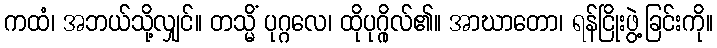
ကထံ၊ အဘယ်သို့လျှင်။ တသ္မိံ ပုဂ္ဂလေ၊ ထိုပုဂ္ဂိုလ်၏။ အာဃာတော၊ ရန်ငြိုးဖွဲ့ခြင်းကို။